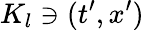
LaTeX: K_{l}\owns(t^{\prime},x^{\prime})